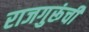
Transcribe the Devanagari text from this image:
राजगुरूंची